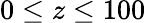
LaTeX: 0\le z\le 100